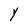
Character: Y